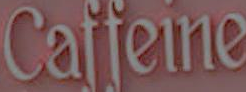
Caffeine